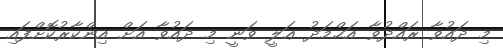
މި ދައުވާ ރައްދުވާ އަޙްމަދު ޢަލީ ވަނީ މި ދައުވާ އަށް އިންކާރުކޮށްފައި